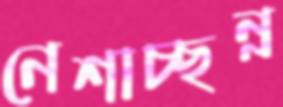
নেশাচ্ছন্ন